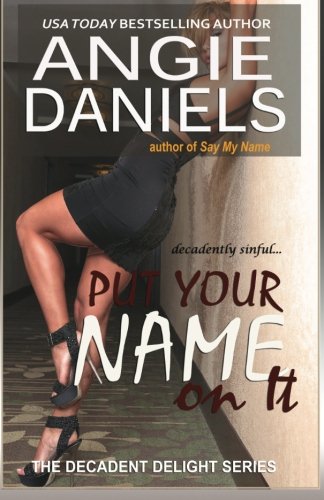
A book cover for Put Your Name on It (The Decadent Delight Series) (Volume 4); Angie Daniels; Romance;